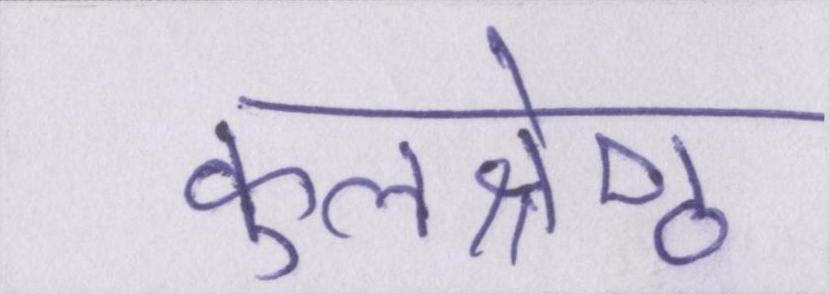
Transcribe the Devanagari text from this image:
कुलश्रेष्ठ